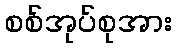
စစ်အုပ်စုအား